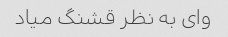
وای به نظر قشنگ میاد